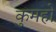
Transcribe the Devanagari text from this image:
कुमहो